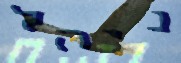
ניהל